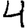
Digit: 4